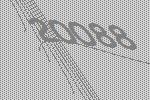
20088